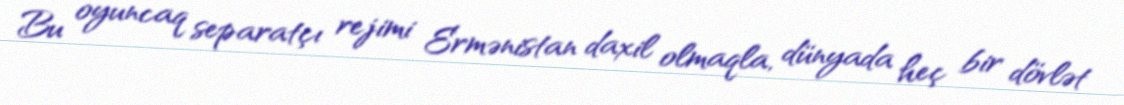
Bu oyuncaq separatçı rejimi Ermənistan daxil olmaqla, dünyada heç bir dövlət